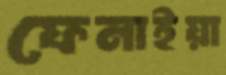
ফেনাইয়া